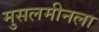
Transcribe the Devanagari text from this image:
मुसलमीनला